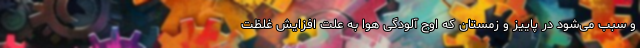
و سبب می‌شود در پاییز و زمستان که اوج آلودگی هوا به علت افزایش غلظت